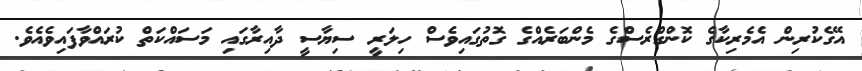
އޭގެކުރިން އެމެރިކާގެ ކޮންގްރެސްގެ މެންބަރެއްގެ ގޮތުގައިވެސް ހިލަރީ ސިޔާސީ ދާއިރާގައި މަސައްކަތް ކުރައްވާފައިވެއެވެ.